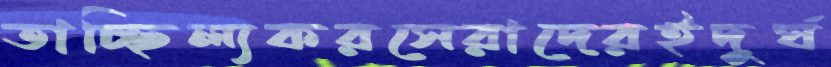
তাচ্ছিল্যকরসেরাদেরইদুর্ঘ